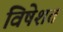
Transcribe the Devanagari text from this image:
विषेशत